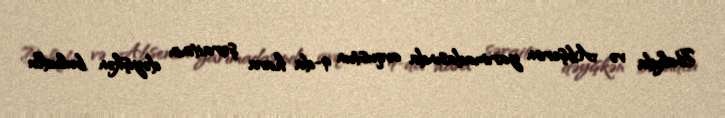
Bakıda və Abşeron yarımadasında avqustun 9-da hava şəraitinin dəyişkən buludlu